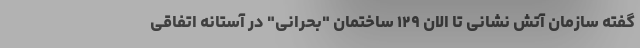
گفته سازمان آتش نشانی تا الان ۱۲۹ ساختمان "بحرانی" در آستانه اتفاقی